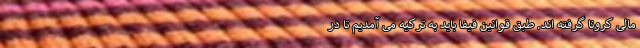
مالی کرونا گرفته اند. طبق قوانین فیفا باید به ترکیه می آمدیم تا در